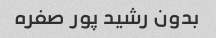
بدون رشید پور صفره